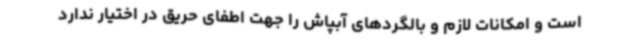
است و امکانات لازم و بالگردهای آبپاش را جهت اطفای حریق در اختیار ندارد